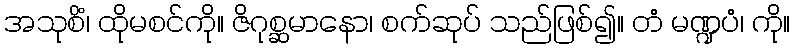
အသုစိံ၊ ထိုမစင်ကို။ ဇိဂုစ္ဆမာနော၊ စက်ဆုပ် သည်ဖြစ်၍။ တံ မဏ္ဍပံ၊ ကို။